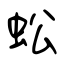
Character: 蚣